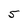
Character: 5